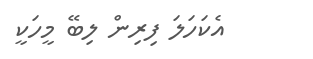
އެކަހަލަ ފިރިން ލިބޭ މީހަކީ